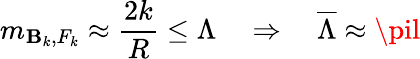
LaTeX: m_{\mathbf{B}_{k},F_{k}}\approx\frac{{2k}}{{R}}\leq\Lambda\, \, \, \, \, \, \Rightarrow\, \, \, \, \, \, {\overline{{{\Lambda}}}}\approx\pil